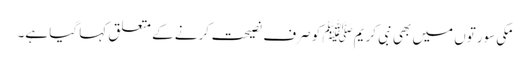
مکی سورتوں میں بھی نبی کریمﷺ کو صرف نصیحت کرنے کے متعلق کہا گیا ہے۔